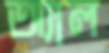
অ্যাল